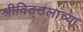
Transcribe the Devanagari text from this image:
श्रीविठ्ठलाच्या